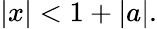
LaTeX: |x|<1+|a|.